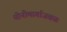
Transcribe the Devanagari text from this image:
योनीमार्गाजवळ